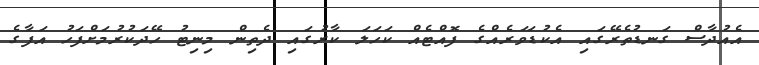
އެއުދާސް ގަނޑުތެރޭގައި އެކުޑަވަރެއްގެ ފޮއްޓެއް ކަހަލަ ކާރުގައި ދެތިން މިނިޓު ހޭދަކުރުމަށްފަހު އަފާގެ